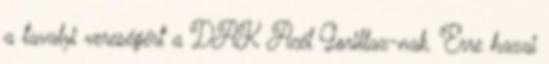
a tavalyi vereségért a DAK Acél Gorillaz-nak. Erre hazai